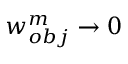
{ w _ { o b j } ^ { m } } \to 0